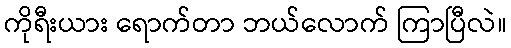
ကိုရီးယား ရောက်တာ ဘယ်လောက် ကြာပြီလဲ။